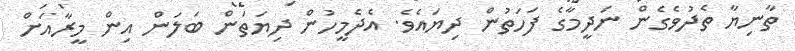
ތާނިޔާ ތެދުވެގެން ނަދީމާގެ ފަހަތުން ދިޔައެވެ. އެދެމީހުން ދިޔަތަން ބަލަން އިން މީރާއަށް